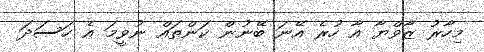
މިހާރު ޒާވްޔާ އާ ހުރެ އޭނަ ބޭނުން ކަންތައް ނުވީމަ އެ ހަސަދަ